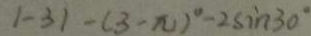
\vert - 3 \vert - ( 3 - \pi ) ^ { \circ } - 2 \sin 3 0 ^ { \circ }